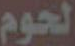
الحوم